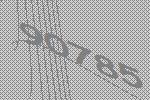
90785